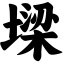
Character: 墚